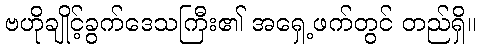
ဗဟိုချိုင့်ခွက်ဒေသကြီး၏ အရှေ့ဖက်တွင် တည်ရှိ။